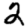
Digit: 2